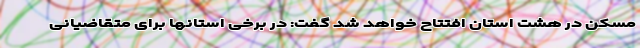
مسکن در هشت استان افتتاح خواهد شد گفت: در برخی استانها برای متقاضیانی